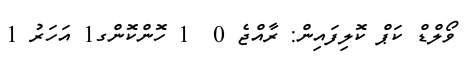
ވޯލްޑް ކަޕް ކޮލިފައިން: ރާއްޖެ 0  1 ހޮންކޮންގ1 އަހަރު 1